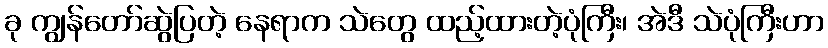
ခု ကျွန်တော်ဆွဲပြတဲ့ နေရာက သဲတွေ ထည့်ထားတဲ့ပုံကြီး၊ အဲဒီ သဲပုံကြီးဟာ